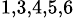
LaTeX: ^{1,3,4,5,6}